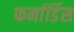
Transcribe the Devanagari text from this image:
फर्नाडिंस